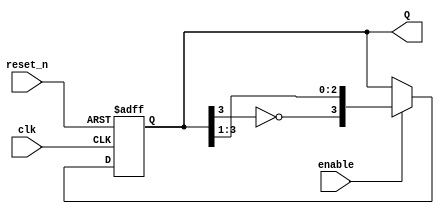
module ring_johnson_counter #(
    parameter N = 4 // Number of flip-flops (should be even)
) (
    input wire clk,            // Clock input
    input wire reset_n,       // Active low reset
    input wire enable,         // Enable signal for counting
    output reg [N-1:0] Q      // Output state of the counter
);

    // Internal signals
    wire feedback;

    // Feedback mechanism (invert the last flip-flop output)
    assign feedback = ~Q[N-1];

    // Sequential logic for the Johnson counter
    always @(posedge clk or negedge reset_n) begin
        if (!reset_n) begin
            Q <= {N{1'b0}}; // Reset counter to 0000...0
        end else if (enable) begin
            // Shift operation
            Q <= {feedback, Q[N-1:1]};
        end
    end

endmodule